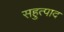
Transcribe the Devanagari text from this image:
सहुत्पाद